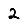
Digit: 2